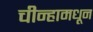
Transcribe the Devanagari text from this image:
चीन्हामधून